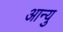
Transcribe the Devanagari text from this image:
आन्यु